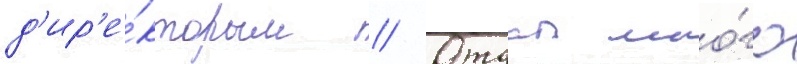
д'ир'е́ктором // Отдал мно́го